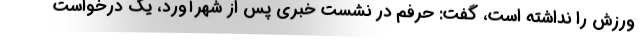
ورزش را نداشته است، گفت: حرفم در نشست خبری پس از شهرآورد، یک درخواست